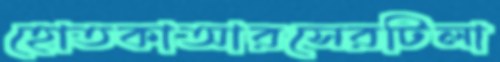
হোতকাআরসেরটিলা